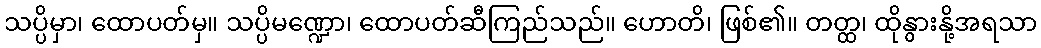
သပ္ပိမှာ၊ ထောပတ်မှ။ သပ္ပိမဏ္ဍော၊ ထောပတ်ဆီကြည်သည်။ ဟောတိ၊ ဖြစ်၏။ တတ္ထ၊ ထိုနွားနို့အရသာ